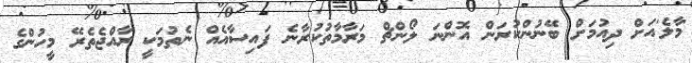
'މާލެ'އަށް ދިއުމަށް ބޭނުންކުރަން އޮންނަ ލޯންޗް މަރާމާތުކުރާނެ ފައިސާއެއް ނެތުމަކީ ރާއްޖެތެރޭ މީހުންގެ